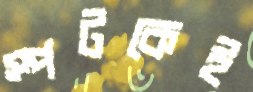
স্পটকেই